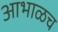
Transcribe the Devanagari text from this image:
आभाळच